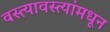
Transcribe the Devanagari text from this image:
वस्त्यावस्त्यांमधून